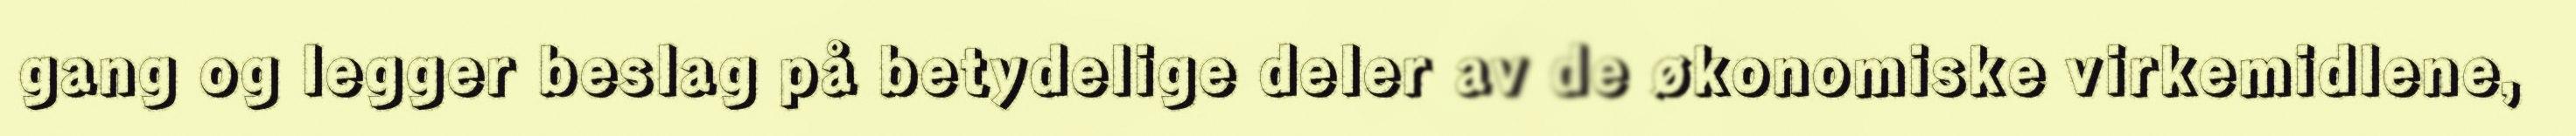
gang og legger beslag på betydelige deler av de økonomiske virkemidlene,